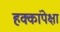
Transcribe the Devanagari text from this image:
हक्कांपेक्षा